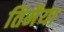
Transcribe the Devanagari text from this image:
तिमैया